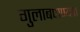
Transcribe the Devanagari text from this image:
गुलाबपाण्यात